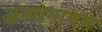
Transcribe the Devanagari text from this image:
अन्योनाश्रय